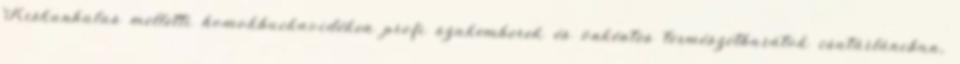
Kiskunhalas melletti homokbuckavidéken profi szakemberek és önkéntes természetbarátok csatárláncban,